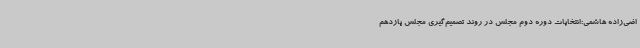
اضی‌زاده هاشمی:انتخابات دوره دوم مجلس در روند تصمیم‌گیری مجلس یازدهم